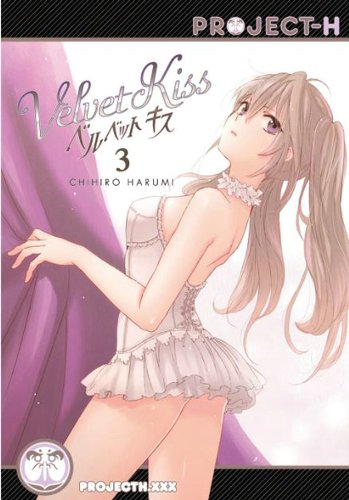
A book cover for Velvet Kiss 3 (Hentai Manga); Chihiro Harumi; Comics & Graphic Novels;